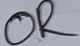
Text: OR